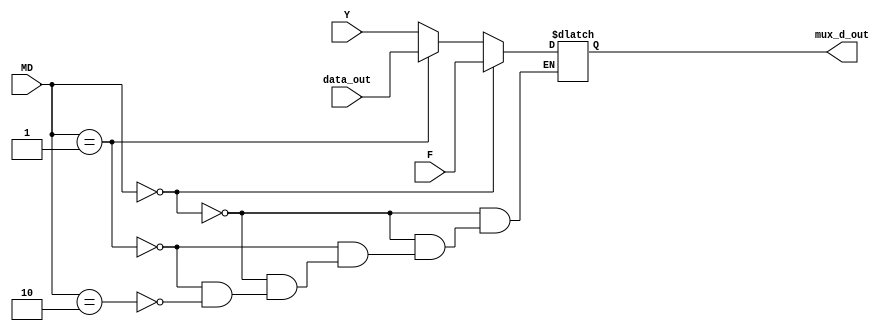
`timescale 1ns / 1ps
//////////////////////////////////////////////////////////////////////////////////
// Company: 
// Engineer: 
// 
// Design Name: 
// Module Name: mux_d
// Project Name: 
// Target Devices: 
// Tool Versions: 
// Description: 
// 
// Dependencies: 
// 
// Revision:
// Revision 0.01 - File Created
// Additional Comments:
// 
//////////////////////////////////////////////////////////////////////////////////


module mux_d(Y,F,data_out,MD,mux_d_out
    );
input [7:0]Y;
input [7:0]F;
input [7:0]data_out;
input [1:0]MD;
output reg [7:0]mux_d_out;

always@(*)

begin
	if(MD==2'b00)
		mux_d_out=F;
	else if(MD==2'b01)
		mux_d_out=data_out;
	else if(MD==2'b10)
		mux_d_out=Y;
end
endmodule